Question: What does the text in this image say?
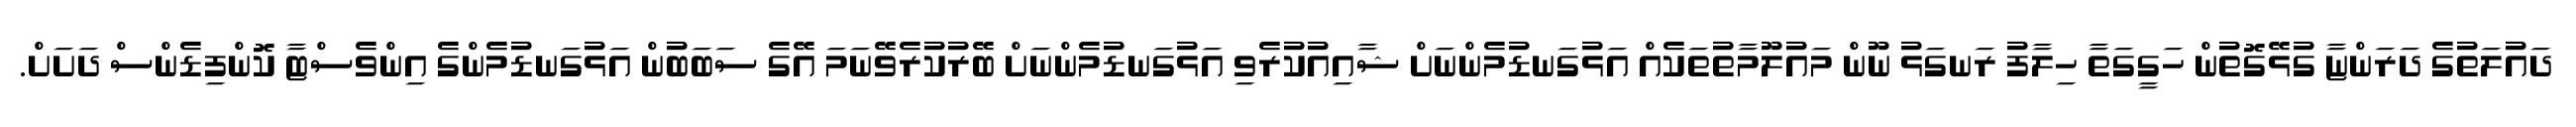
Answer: ދައުލަތުގެ ދަރަންޏާ ގުޅޭގޮތުން ހަގީގަތާ ހިލާފު ރަނގަޅު ނޫން މައުލޫމާތުތަކެއް އަޅުގަނޑުމެންނަށް ޝާއިއުކުރެވި އަޅުގަނޑުމެންނަށް ބޭރުކުރެވޭނަމަ އޭގެ ސަބަބުން އަޅުގަނޑުމެންގެ އިންވެސްޓާ ކޮންފިޑެންސް ދަށަށް.